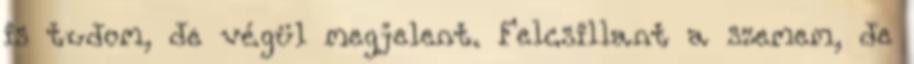
is tudom, de végül megjelent. Felcsillant a szemem, de